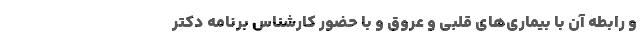
و رابطه آن با بیماری‌های قلبی و عروق و با حضور کارشناس برنامه دکتر